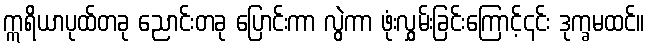
ဣရိယာပုထ်တခု ညောင်းတခု ပြောင်းကာ လွဲကာ ဖုံးလွှမ်းခြင်းကြောင့်၎င်း ဒုက္ခမထင်။